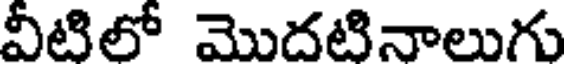
వీటిలో మొదటినాలుగు